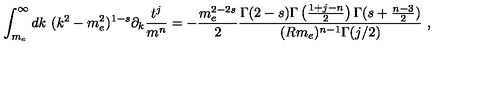
\int _ { m _ { e } } ^ { \infty } d k \ ( k ^ { 2 } - m _ { e } ^ { 2 } ) ^ { 1 - s } \partial _ { k } \frac { t ^ { j } } { m ^ { n } } = - \frac { m _ { e } ^ { 2 - 2 s } } { 2 } \frac { \Gamma ( 2 - s ) \Gamma \left( \frac { 1 + j - n } { 2 } \right) \Gamma ( s + \frac { n - 3 } { 2 } ) } { ( R m _ { e } ) ^ { n - 1 } \Gamma ( j / 2 ) } \ ,